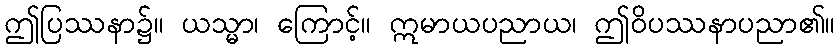
ဤပြဿနာ၌။ ယသ္မာ၊ ကြောင့်။ ဣမာယပညာယ၊ ဤဝိပဿနာပညာ၏။